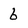
Character: 6